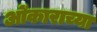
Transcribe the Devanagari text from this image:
ओंकाराच्या